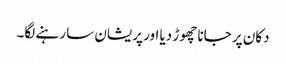
دکان پر جانا چھوڑ دیا اور پریشان سا رہنے لگا۔